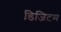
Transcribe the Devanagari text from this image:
डिजिटम